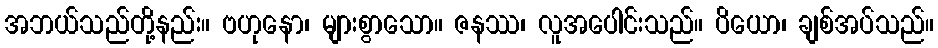
အဘယ်သည်တို့နည်း။ ဗဟုနော၊ များစွာသော။ ဇနဿ၊ လူအပေါင်းသည်။ ပိယော၊ ချစ်အပ်သည်။